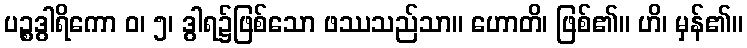
ပဉ္စဒွါရိကော ဝ၊ ၅၊ ဒွါရ၌ဖြစ်သော ဖဿသည်သာ။ ဟောတိ၊ ဖြစ်၏။ ဟိ၊ မှန်၏။